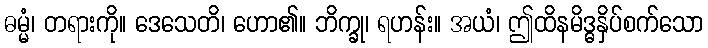
ဓမ္မံ၊ တရားကို။ ဒေသေတိ၊ ဟော၏။ ဘိက္ခု၊ ရဟန်း။ အယံ၊ ဤထိနမိဒ္ဓနှိပ်စက်သော